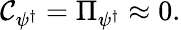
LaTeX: {\cal C}_{\psi^{\dagger}}=\Pi_{\psi^{\dagger}}\approx 0.